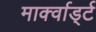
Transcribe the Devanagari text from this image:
मार्क्वार्ड्ट